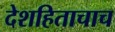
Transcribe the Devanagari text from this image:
देशहिताचाच